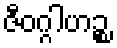
ဇီဝဂ္ဂါဟဉ္စ